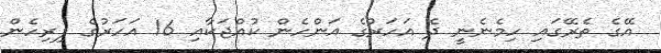
އޭގެ ތެރޭގައި ހިމެނެނީ ދެ އަހަރުގެ އަންހެން ކުއްޖަކާއި 16 އަހަރުގެ ފިރިހެން